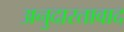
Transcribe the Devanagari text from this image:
अनुदारतावाद